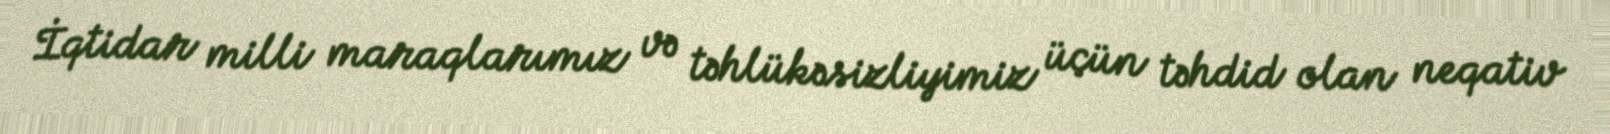
İqtidar milli maraqlarımız və təhlükəsizliyimiz üçün təhdid olan neqativ